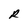
Character: R